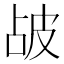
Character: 𤿝